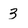
Character: 3